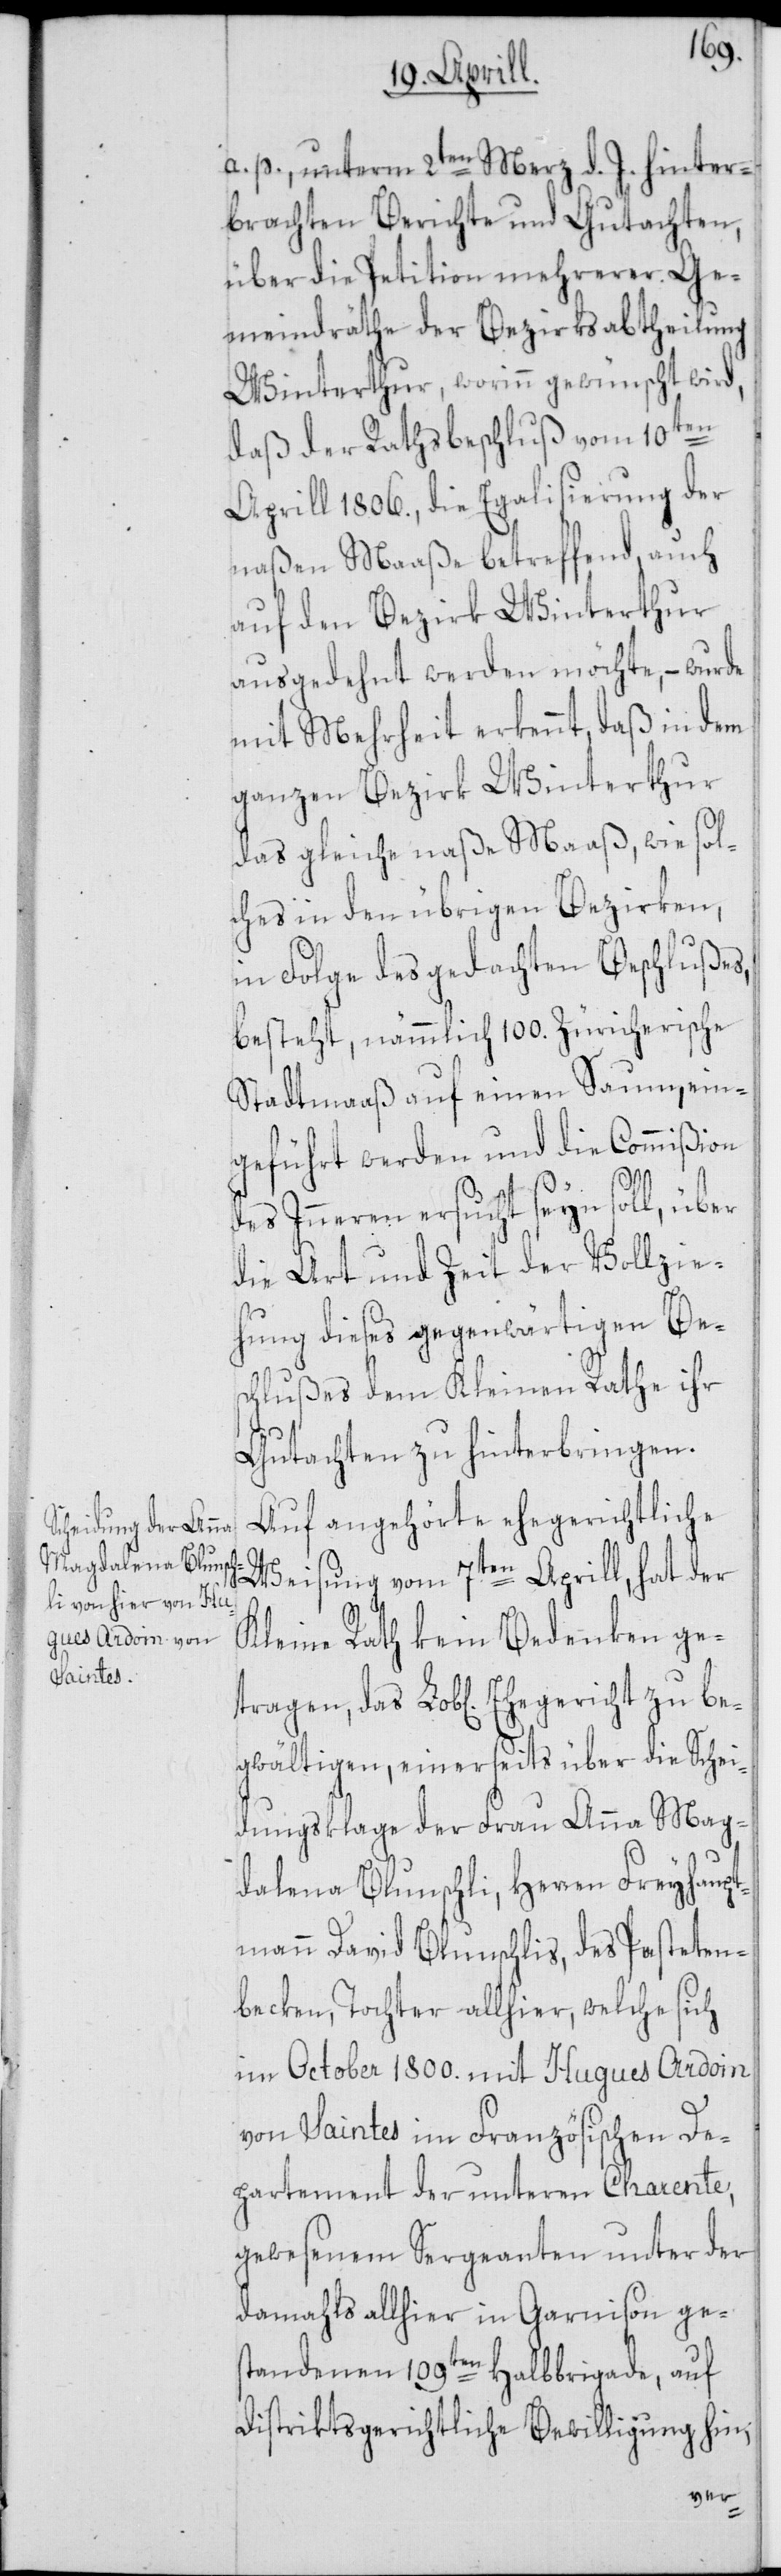
a. p., unterm 2ten Merz d. J. hinter¬
brachten Berichte und Gutachten,
über die Petiton mehrerer Ge¬
meindräthe der Bezirksabtheilung
Winterthur, worinn gewünscht wird,
daß der Rathsbeschluß vom 10ten
Aprill 1806., die Egalisierung der
naßen Maaße betreffend, auch
auf den Bezirk Winterthur
ausgedehnt werden möchte, – wurde
mit Mehrheit erkennt, daß in dem
ganzen Bezirk Winterthur
das gleiche naße Maaß, wie sol¬
ches in den übrigen Bezirken,
in Folge des gedachten Beschlußes,
besteht, nämmlich 100. Zürcherische
Stadtmaaß auf einen Saum, ein¬
geführt werden und die Commißion
be¬
des Inneren ersucht seyn soll, über
die Art und Zeit der Vollzie¬
hung dieses gegenwärtigen Bes¬
chlußes dem Kleinen Rathe ihr
Gutachten zu hinterbringen.
Auf angehörte ehegerichtliche
Weisung vom 7ten Aprill, hat der
Kleine Rath kein Bedenken getr¬
gwältigen, einerseits über die Schei¬
dungsklage der Frau Anna Mag¬
dalena Blunschli, Herren Freyhaupt¬
mann David Blunschlis, des Pasteten¬
becken, Tochter allhier, welche sich
im October 1800. mit Hugues Ardoin
von Saintes im Französischen De¬
partement der unteren Charente,
gewesenem Sergeanten unter der
damahls allhier in Garnison ges¬
tandenen 109ten Halbbrigade, auf
distriktsgerichtliche Bewilligung hin,